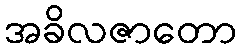
အခိလဇာတော